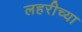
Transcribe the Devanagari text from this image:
लहरीच्या